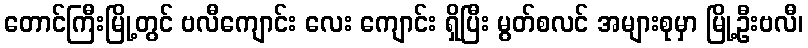
တောင်ကြီးမြို့တွင် ဗလီကျောင်း လေး ကျောင်း ရှိပြီး မွတ်စလင် အများစုမှာ မြို့ဦးဗလီ၊